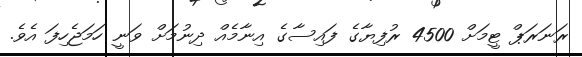
ރަނަރަޕް ޓީމަށް 4500 ރުފިޔާގެ ފައިސާގެ އިނާމެއް ދިނުމަށް ވަނީ ހަމަޖެހިފަ އެވެ.